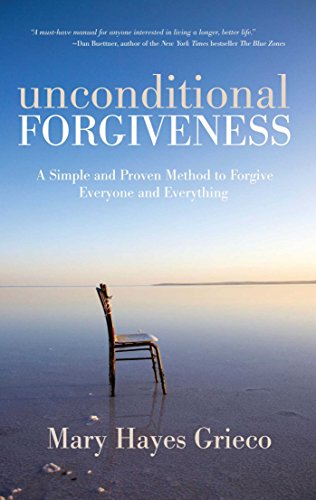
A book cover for Unconditional Forgiveness: A Simple and Proven Method to Forgive Everyone and Everything; Mary Hayes Grieco; Self-Help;